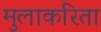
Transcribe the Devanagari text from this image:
मुलाकरिता